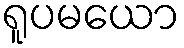
ရူပမယော